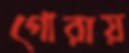
গোরায়